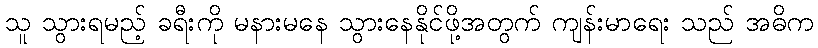
သူ သွားရမည့် ခရီးကို မနားမနေ သွားနေနိုင်ဖို့အတွက် ကျန်းမာရေး သည် အဓိက